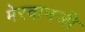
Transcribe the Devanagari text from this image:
मेरवानजी